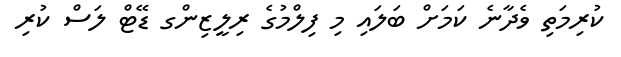
ކުރިމަތި ވެދާނެ ކަމަށް ބަލައި މި ފިލްމުގެ ރިލީޒިންގ ޑޭޓް ލަސް ކުރި